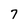
Character: 7